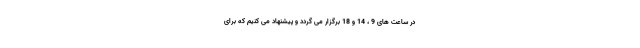
در ساعت های 9 ، 14 و 18 برگزار می گردد و پیشنهاد می کنیم که برای